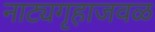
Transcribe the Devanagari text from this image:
नाट्यगृहाजवळ